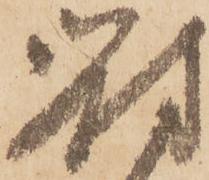
對